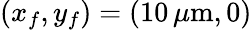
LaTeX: (x_{f},y_{f})=(10\, \mu\mathrm{m},0)